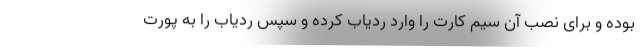
بوده و برای نصب آن سیم کارت را وارد ردیاب کرده و سپس ردیاب را به پورت